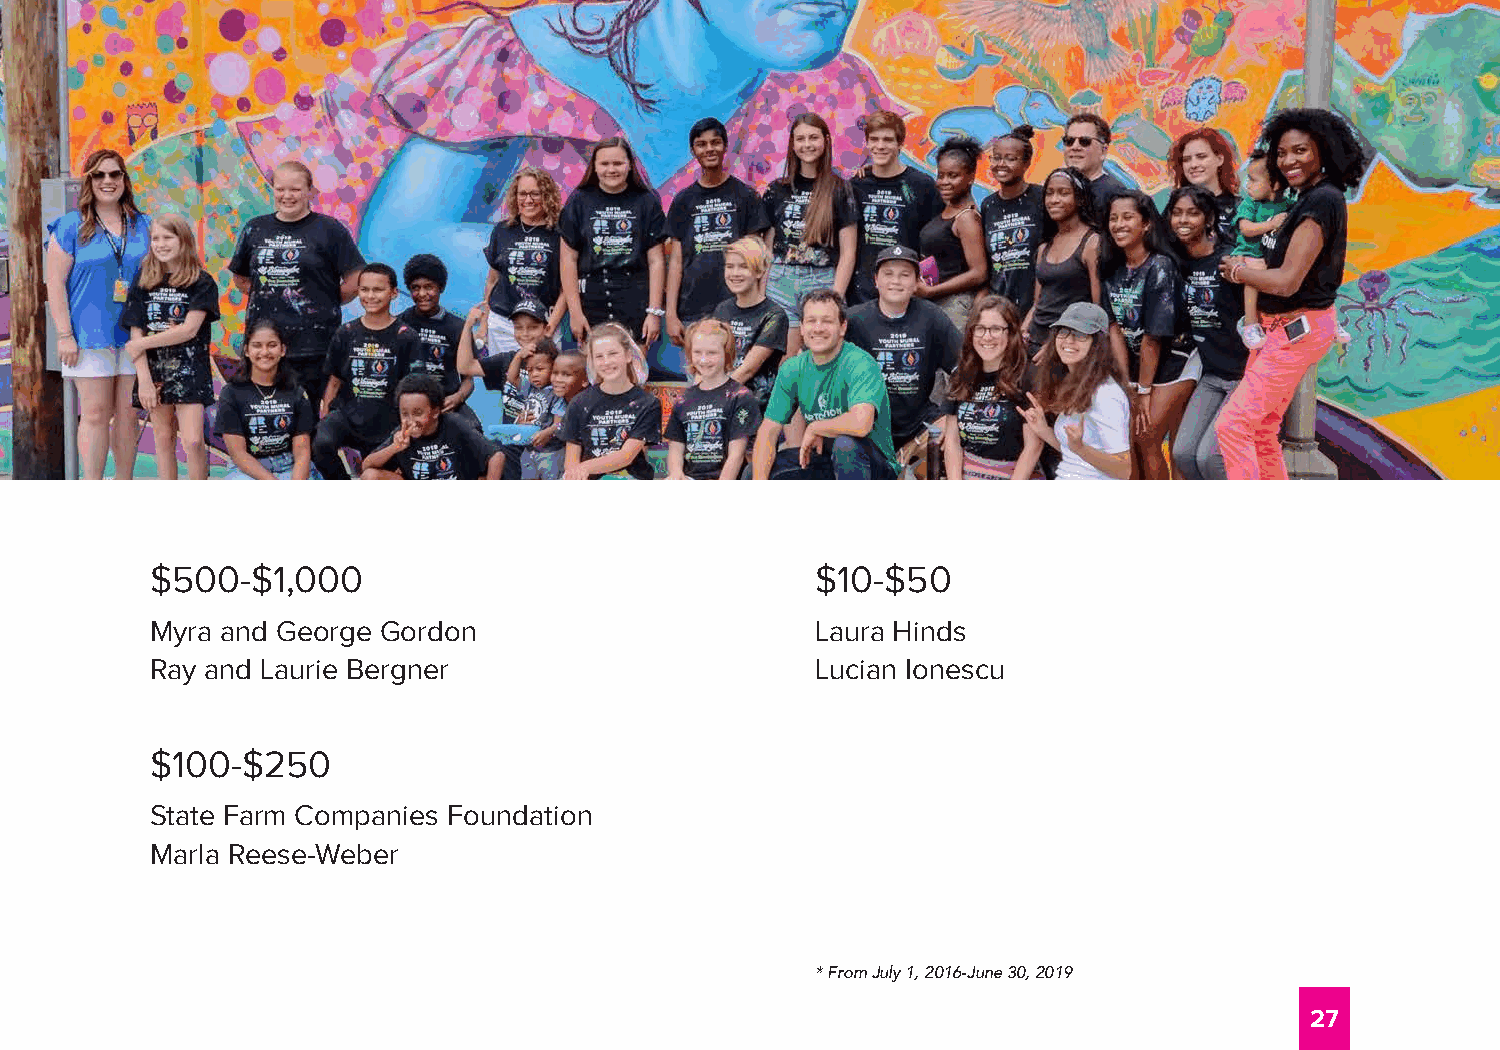
$500-$1,000                                 $10-$50
 Myra and George Gordon                      Laura Hinds
 Ray and Laurie Bergner                      Lucian Ionescu
 $100-$250
 State Farm Companies Foundation
 Marla Reese-Weber
 * From July 1, 2016-June 30, 2019
 27